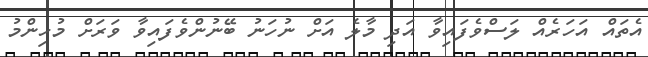
އެތައް އަހަރެއް ލަސްވެފައިވާ އަދި މާލެ އަށް ނުހަނު ބޭނުންވެފައިވާ ވަރަށް މުހިންމު